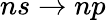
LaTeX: ns\rightarrow np